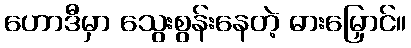
ဟောဒီမှာ သွေးစွန်းနေတဲ့ ဓားမြှောင်။